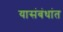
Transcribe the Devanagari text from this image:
यासंबंधांत